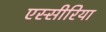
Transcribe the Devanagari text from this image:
एस्सीरिया